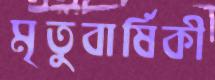
মৃতুবার্ষিকী